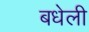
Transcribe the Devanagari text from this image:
बधेली